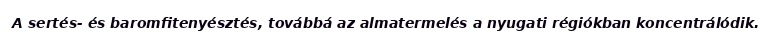
A sertés- és baromfitenyésztés, továbbá az almatermelés a nyugati régiókban koncentrálódik.